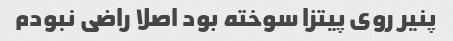
پنیر روی پیتزا سوخته بود اصلا راضی نبودم